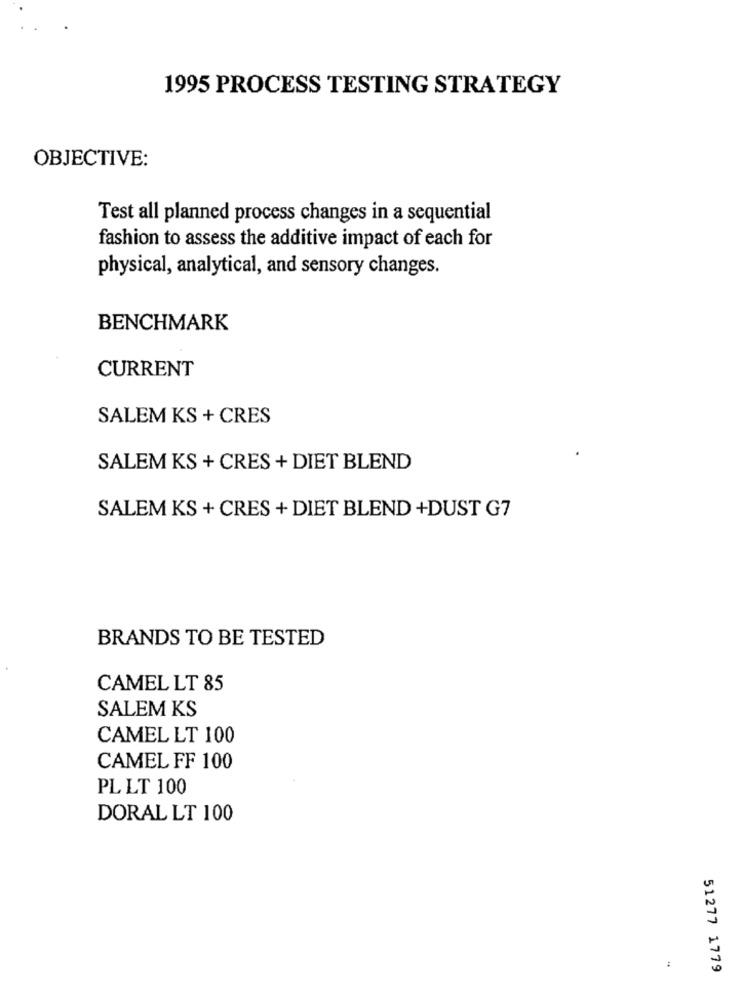
1995 PROCESS TESTING STRATEGY
OBJECTIVE:
Test all planned process changes in a sequential
fashion to assess the additive impact of each for
physical, analytical, and sensory changes.
BENCHMARK
CURRENT
SALEM KS + CRES
SALEM KS + CRES + DIET BLEND
SALEM KS + CRES + DIET BLEND +DUST G7
BRANDS TO BE TESTED
CAMEL LT 85
SALEM KS
CAMEL LT 100
CAMEL FF 100
PL LT 100
DORAL LT 100
51277 1779